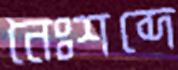
নৈঃশব্দে